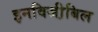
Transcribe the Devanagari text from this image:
इनविजी़बिल